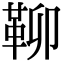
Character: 𩊅